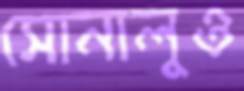
সোনালুও